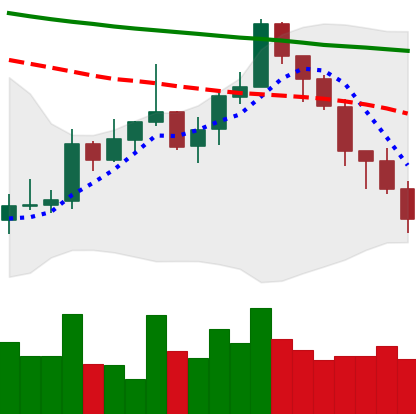
Ticker: XMR-USD
Chart end date: 2022-01-08
Forward return: 20.695%
Label: up_7plus